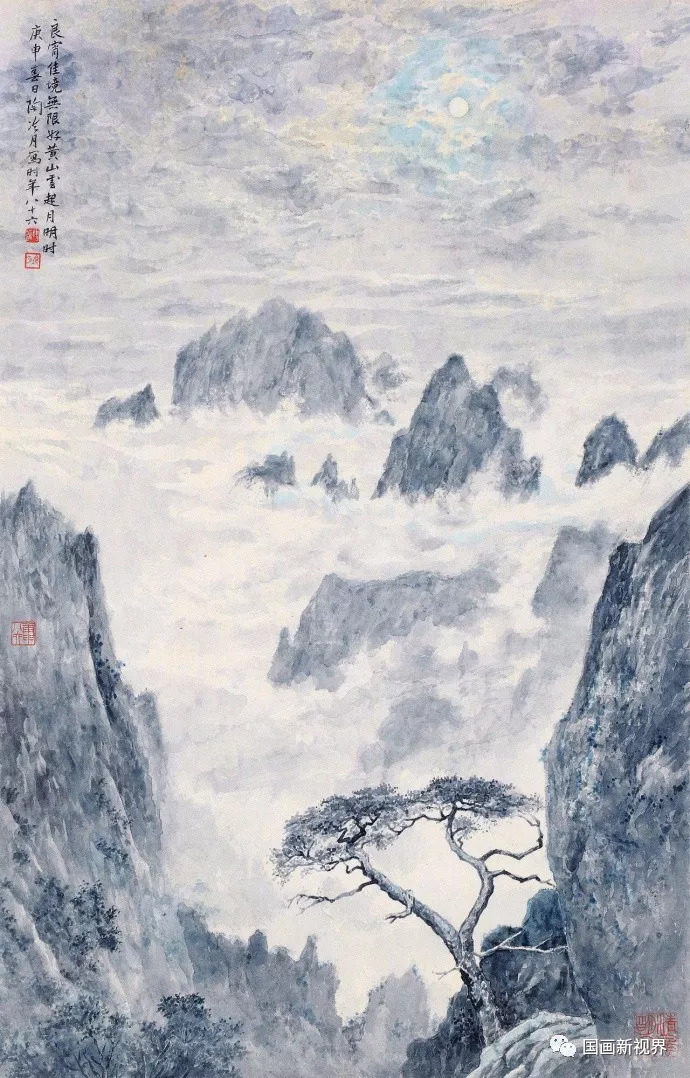
为惜故人去，复怜嘶马愁。